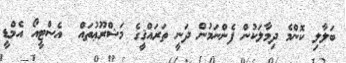
ބަލާލި ކޮންމެ ދިމާލަކުން ފެންނަމުން ދަނީ ތަރައްޤީގެ މަޝްރޫޢުތައް  އެސްޓީއޯ އެމްޑީ